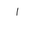
Letter: _alif